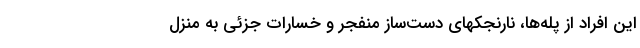
این افراد از پله‌ها، نارنجکهای دست‌ساز منفجر و خسارات جزئی به منزل